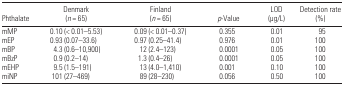
| Phthalate | Denmark (n = 65) | Finland (n = 65) | p-Value | LOD (μg/L) | Detection rate (%) |
 | --- | --- | --- | --- | --- | --- |
 | mMP | 0.10 (< 0.01–5.53) | 0.09 (< 0.01–0.37) | 0.355 | 0.01 | 95 |
 | mEP | 0.93 (0.07–33.6) | 0.97 (0.25–41.4) | 0.976 | 0.01 | 100 |
 | mBP | 4.3 (0.6–10,900) | 12 (2.4–123) | 0.0001 | 0.05 | 100 |
 | mBzP | 0.9 (0.2–14) | 1.3 (0.4–26) | 0.0001 | 0.05 | 100 |
 | mEHP | 9.5 (1.5–191) | 13 (4.0–1,410) | 0.001 | 0.10 | 100 |
 | miNP | 101 (27–469) | 89 (28–230) | 0.056 | 0.50 | 100 |